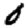
Digit: 0